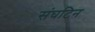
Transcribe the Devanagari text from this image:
संघटिन